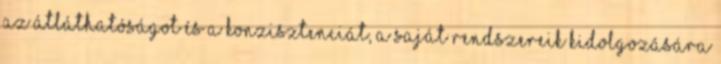
az átláthatóságot és a konzisztenciát, a saját rendszereik kidolgozására